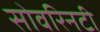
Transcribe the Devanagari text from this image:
सोवरिनटी